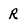
Character: R